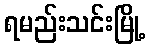
ရမည်းသင်းမြို့